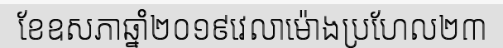
ខែឧសភាឆ្នាំ២០១៩វេលាម៉ោងប្រហែល២៣